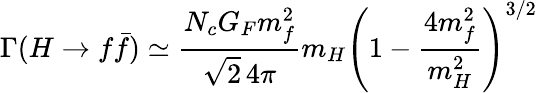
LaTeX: \Gamma(H\to f\bar{f})\simeq\frac{N_{c}G_{F}m_{f}^{2}}{\sqrt{2}\, 4\pi}m_{H}\left(1-\frac{4m_{f}^{2}}{m_{H}^{2}}\right)^{3/2}